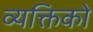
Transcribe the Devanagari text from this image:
व्यक्तिको